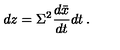
d z = \Sigma ^ { 2 } \frac { d \bar { x } } { d t } d t \: .